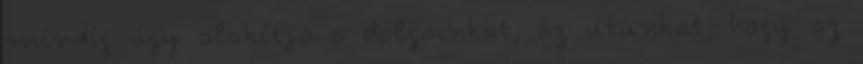
mindig úgy alakítja a dolgainkat, az utunkat, hogy az